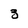
Character: 3